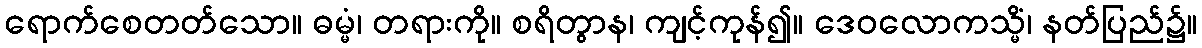
ရောက်စေတတ်သော။ ဓမ္မံ၊ တရားကို။ စရိတွာန၊ ကျင့်ကုန်၍။ ဒေဝလောကသ္မိံ၊ နတ်ပြည်၌။